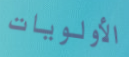
الأولويات